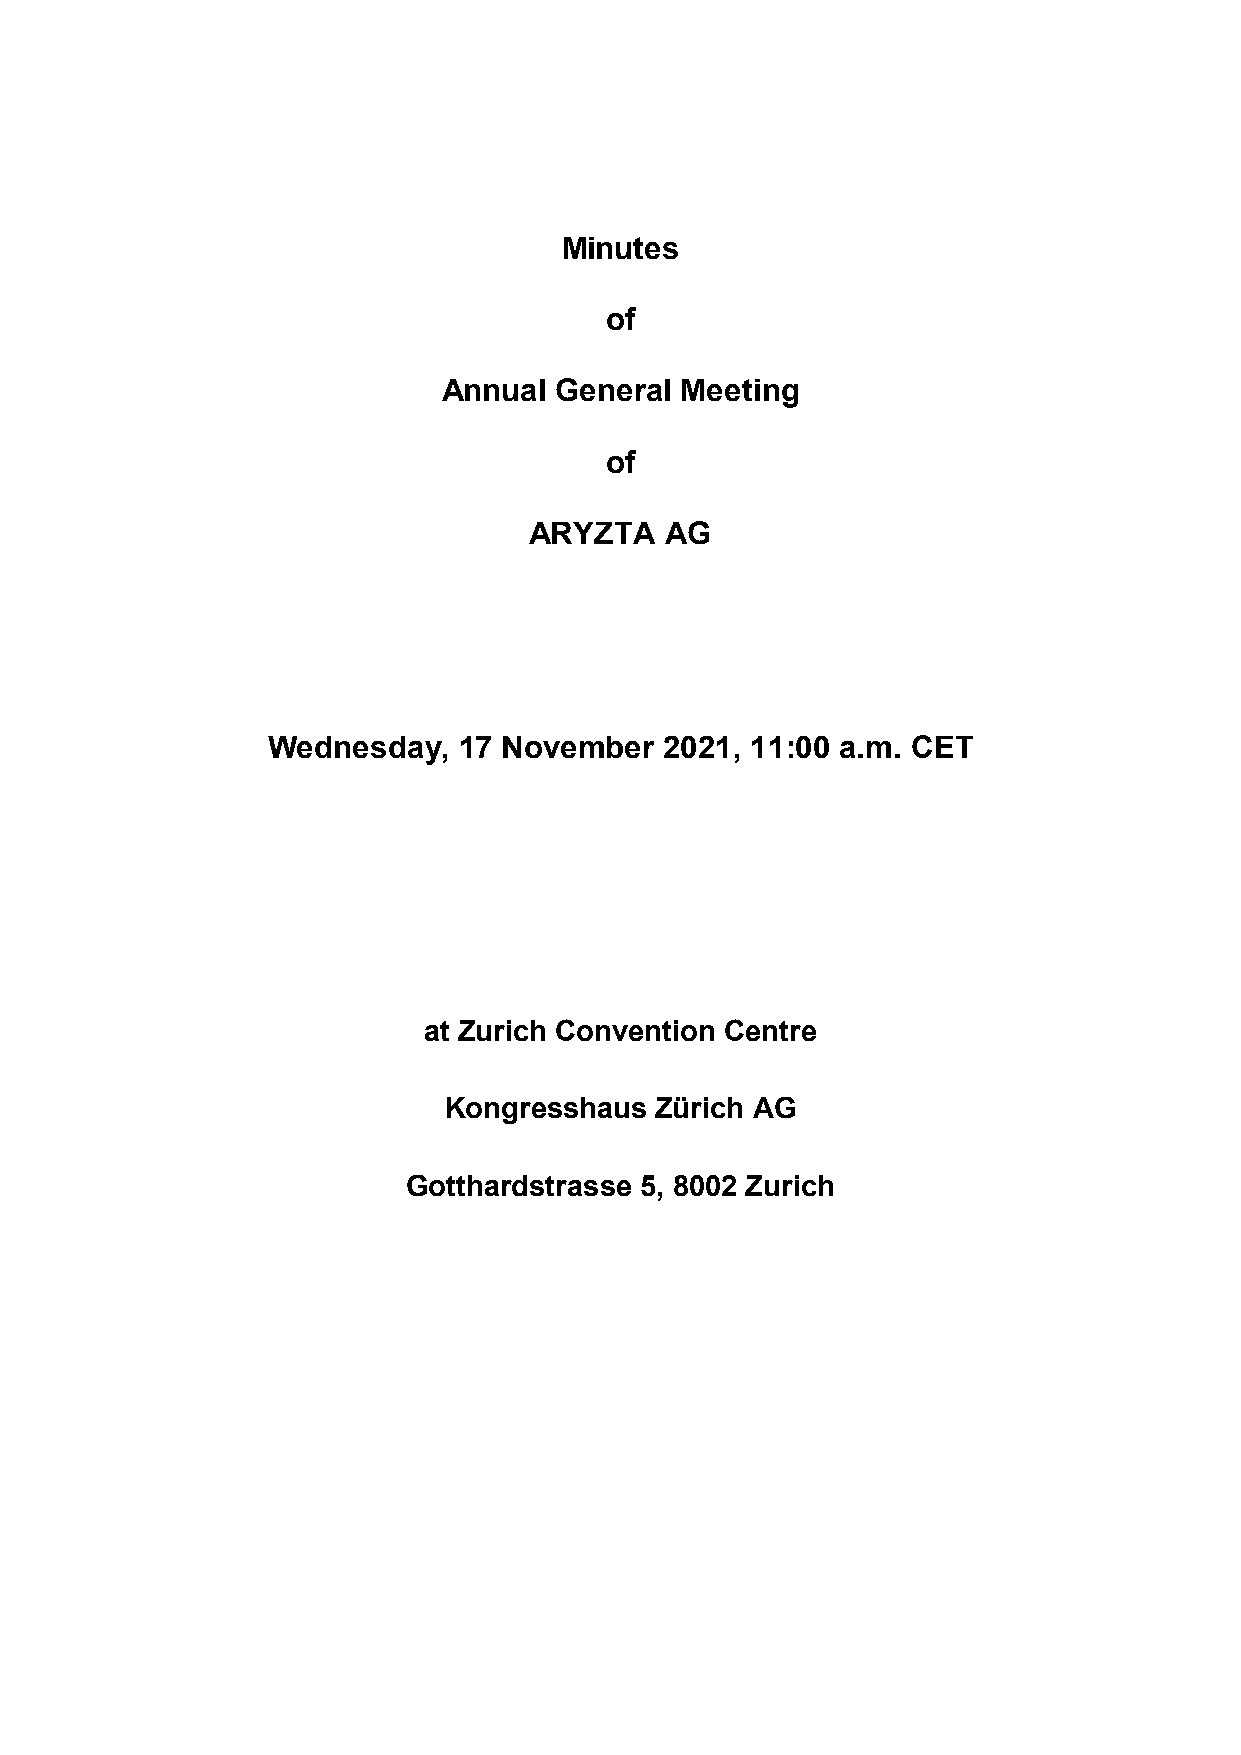
Minutes
 of
 Annual  General Meeting
 of
 ARYZTA   AG
 Wednesday,  17 November   2021, 11:00 a.m. CET
 at Zurich Convention Centre
 Kongresshaus  Zürich AG
 Gotthardstrasse 5, 8002 Zurich